Senior Leaving Certificate Examination (including Day School Certificate (Higher) General paper), 1948
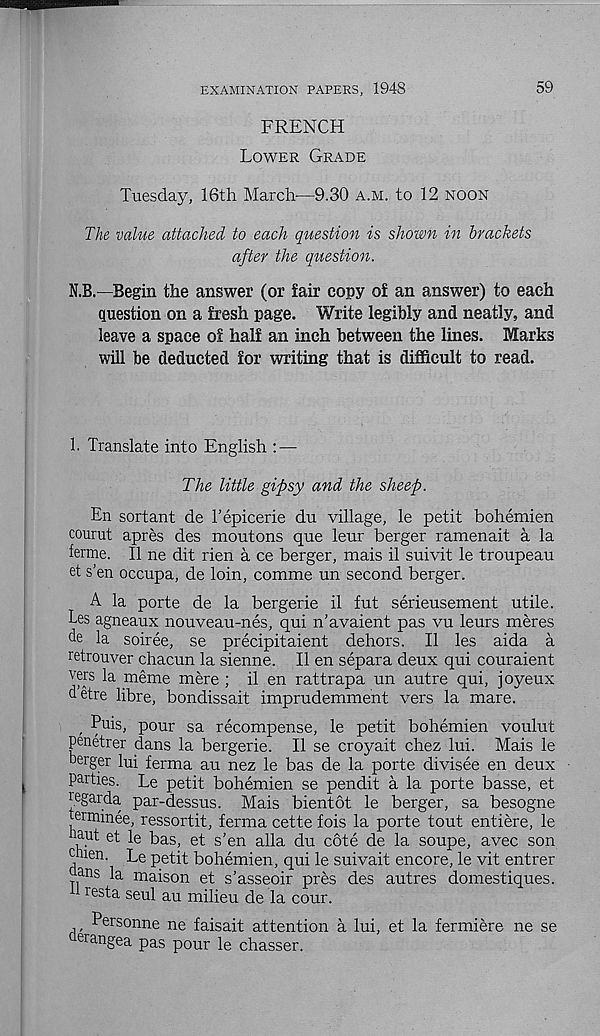
EXAMINATION PAPERS, 1948
59
FRENCH
Lower Grade
Tuesday, 16th March—9.30 a.m. to 12 noon
The value attached to each question is shown in brackets
after the question.
N.B.—Begin the answer (or fair copy of an answer) to each
question on a fresh page. Write legibly and neatly, and
leave a space of half an inch between the lines. Marks
will be deducted for writing that is difficult to read.
1. Translate into English : —
The little gipsy and the sheep.
En sortant de 1’epicerie du village, le petit bohemien
courut apres des moutons que leur berger ramenait a la
ferme. II ne dit rien a ce berger, mais il suivit le troupeau
et s’en occupa, de loin, comme un second berger.
A la porte de la bergerie il fut serieusement utile.
Les agneaux nouveau-nes, qui n’avaient pas vu leurs meres
de la soiree, se precipitaient dehors. Il les aida a
retrouver chacun la sienne. Il en separa deux qui couraient
vers la meme mere ; il en rattrapa un autre qui, joyeux
detre libre, bondissait imprudemment vers la mare.
, Puis, pour sa recompense, le petit bohemien voulut
penetrer dans la bergerie. Il se croyait chez lui. Mais le
merger lui ferma au nez le bas de la porte divisee en deux
parties. Le petit bohemien se pendit a la porte basse, et
regarda. par-dessus. Mais bientot le berger, sa besogne
terminee, ressortit, ferma cette fois la porte tout entiere, le
uaut et le bas, et s’en alia du cote de la soupe, avec son
c uen. Le petit bohemien, qui le suivait encore, le vit entrer
ans la maison et s’asseoir pres des autres domestiques.
resta seul au milieu de la cour.
Personne ne faisait attention a lui, et la fermiere ne se
er angea pas pour le chasser.